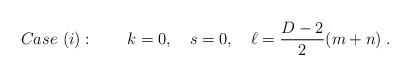
LaTeX: \begin{align*}Case\ (i):\qquad k=0, \quad s=0, \quad \ell = \frac{D-2}{2}(m+n)\;.\end{align*}